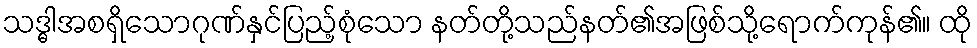
သဒ္ဓါအစရှိသောဂုဏ်နှင်ပြည့်စုံသော နတ်တို့သည်နတ်၏အဖြစ်သို့ရောက်ကုန်၏။ ထို